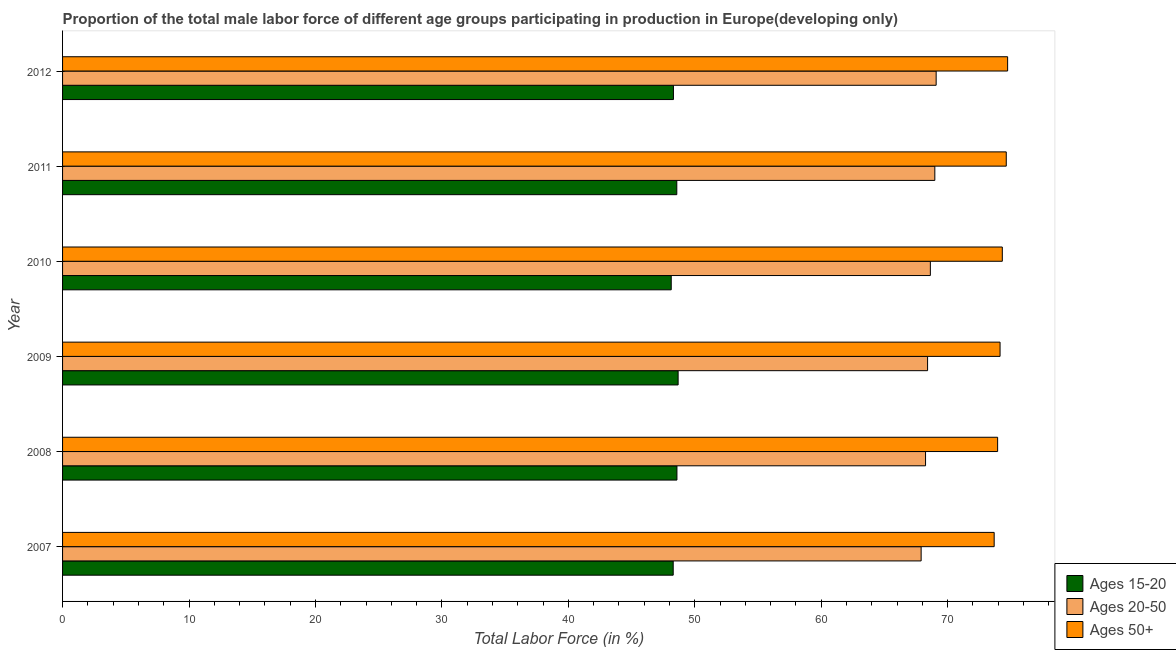
| Year | Ages 15-20 | Ages 20-50 | Ages 50+ |
 | --- | --- | --- | --- |
 | 2007 | 48.3 | 67.9 | 73.7 |
 | 2008 | 48.6 | 68.2 | 73.9 |
 | 2009 | 48.7 | 68.4 | 74.1 |
 | 2010 | 48.1 | 68.6 | 74.3 |
 | 2011 | 48.6 | 69 | 74.6 |
 | 2012 | 48.3 | 69.1 | 74.7 |